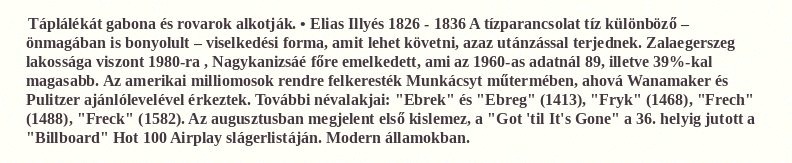
Táplálékát gabona és rovarok alkotják. • Elias Illyés 1826 - 1836 A tízparancsolat tíz különböző – önmagában is bonyolult – viselkedési forma, amit lehet követni, azaz utánzással terjednek. Zalaegerszeg lakossága viszont 1980-ra , Nagykanizsáé főre emelkedett, ami az 1960-as adatnál 89, illetve 39%-kal magasabb. Az amerikai milliomosok rendre felkeresték Munkácsyt műtermében, ahová Wanamaker és Pulitzer ajánlólevelével érkeztek. További névalakjai: "Ebrek" és "Ebreg" (1413), "Fryk" (1468), "Frech" (1488), "Freck" (1582). Az augusztusban megjelent első kislemez, a "Got 'til It's Gone" a 36. helyig jutott a "Billboard" Hot 100 Airplay slágerlistáján. Modern államokban.